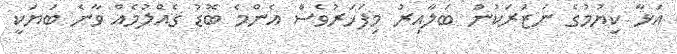
އަޅާ ކިޔުމުގެ ނަޒަރަކުން ބަލާއިރު މިފަހަރުވެސް އެންމެ ބޮޑު ގެއްލުމެއް ވާނެ ބަޔަކީ